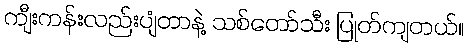
ကျီးကန်းလည်းပျံတာနဲ့ သစ်တော်သီး ပြုတ်ကျတယ်။